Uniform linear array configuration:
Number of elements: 64
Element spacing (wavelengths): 0.25
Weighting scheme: hann
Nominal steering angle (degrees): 60
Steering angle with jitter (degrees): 58.881
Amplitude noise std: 0.05
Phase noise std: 0.05

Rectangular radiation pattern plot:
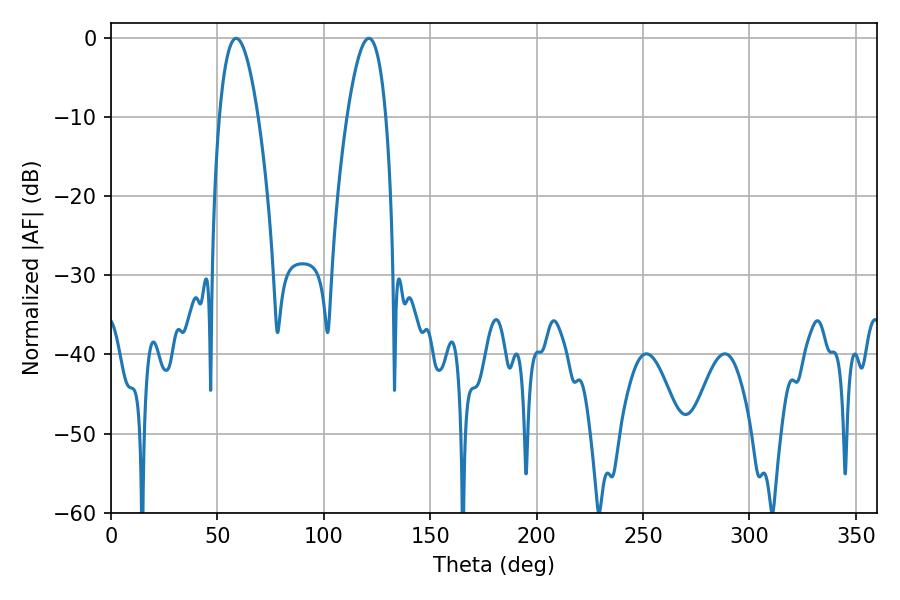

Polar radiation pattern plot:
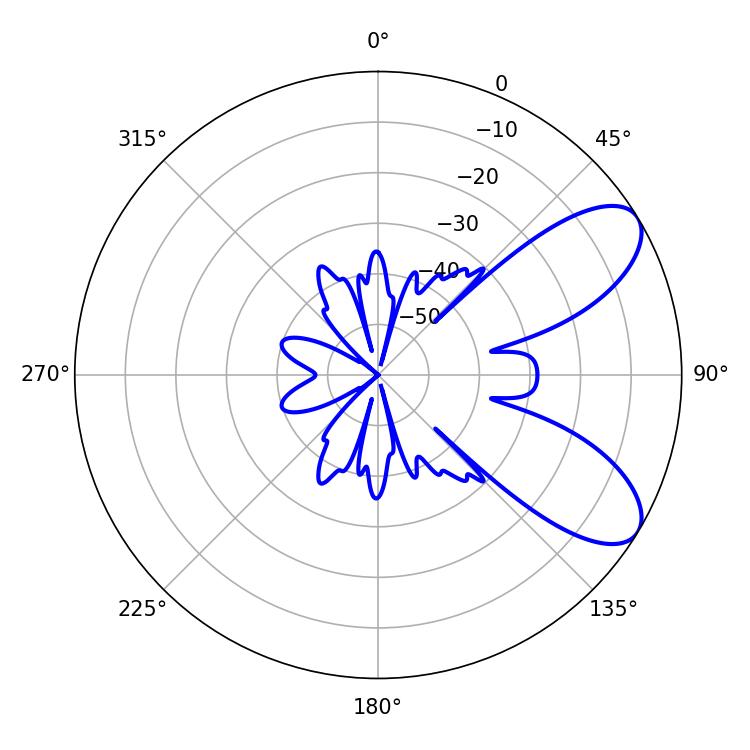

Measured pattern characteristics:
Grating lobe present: FALSE
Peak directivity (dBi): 7.914
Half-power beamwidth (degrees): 10.08
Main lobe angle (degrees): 58.86